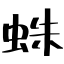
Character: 蛛